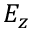
E _ { z }